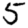
Digit: 5